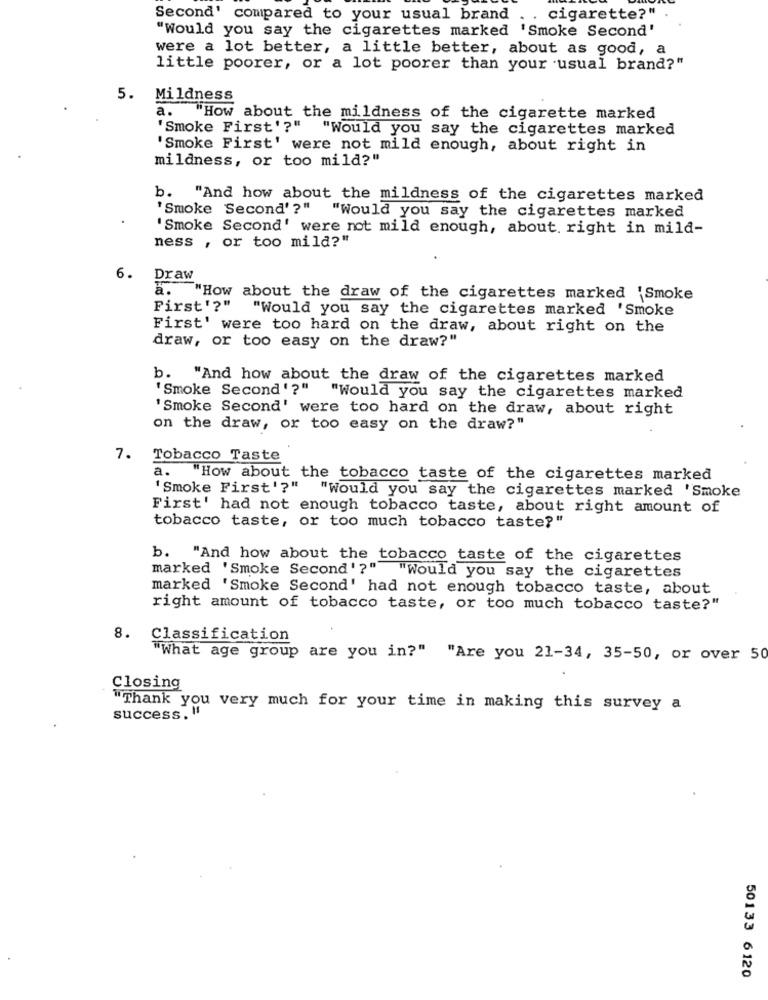
Second' compared to your usual brand
cigarette?"
"Would you say the cigarettes marked 'Smoke Second'
were a lot better, a little better, about as good, a
little poorer, or a lot poorer than your usual brand?"
5. Mildness
a. "How about the mildness of the cigarette marked
'Smoke First'?"
"Would you say the cigarettes marked
'Smoke First' were not mild enough, about right in
mildness, or too mild?"
b.
"And how about the mildness of the cigarettes marked
'Smoke Second' ?"
"Would you say the cigarettes marked
Smoke Second' were not mild enough, about. right in mild-
ness , or too mila?"
6.
Draw
a. "How about the draw of the cigarettes marked 'Smoke
First'?"
"Would you say the cigarettes marked 'Smoke
First' were too hard on the draw, about right on the
draw, or too easy on the draw?"
b.
"And how about the draw of the cigarettes marked
'Smoke Second'?" "Would you say the cigarettes marked
'Smoke Second' were too hard on the draw, about right
on the draw, or too easy on the draw?"
7. Tobacco Taste
a.
"How about the tobacco taste of the cigarettes marked
'Smoke First'?"
"Would you say the cigarettes marked 'Smoke
First' had not enough tobacco taste, about right amount of
tobacco taste, or too much tobacco taste?"
b. "And how about the tobacco taste of the cigarettes
marked 'Smoke Second'?"
"Would you say the cigarettes
marked 'Smoke Second' had not enough tobacco taste, about
right amount of tobacco taste, or too much tobacco taste?"
8.
Classification
"What age group are you in?" "Are you 21-34, 35-50, or over 50
Closing
"Thank you very much for your time in making this survey a
success. "'
50133 6120